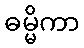
ဓမ္မိကာ